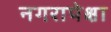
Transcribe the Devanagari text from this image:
नगरापेक्षा